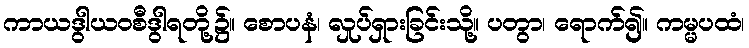
ကာယဒွါယဝစီဒွါရတို့၌။ စောပနံ၊ လှုပ်ရှားခြင်းသို့။ ပတွာ၊ ရောက်၍။ ကမ္မပထံ၊